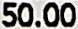
50.00